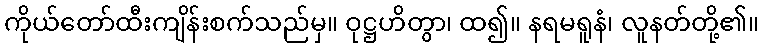
ကိုယ်တော်ထီးကျိန်းစက်သည်မှ။ ဝုဋ္ဌဟိတွာ၊ ထ၍။ နရမရူနံ၊ လူနတ်တို့၏။